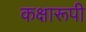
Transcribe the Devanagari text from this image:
कक्षारूपी